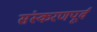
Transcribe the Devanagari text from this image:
संस्करणपूर्व